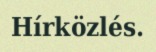
Hírközlés.